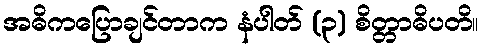
အဓိကပြောချင်တာက နံပါတ် (၃) စိတ္တာဓိပတိ။